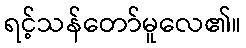
ရင့်သန်တော်မူလေ၏။